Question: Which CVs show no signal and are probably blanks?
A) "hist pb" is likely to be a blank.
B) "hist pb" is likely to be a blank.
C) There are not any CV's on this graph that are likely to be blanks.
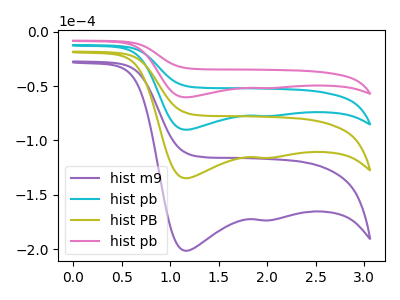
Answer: <think>The purple curve "hist m9" has cathodic peaks at (1.15V, -270.45uA) (2.00V, -232.85uA). The cyan curve "hist pb" has cathodic peaks at (1.15V, -90.15uA) (2.00V, -77.60uA). The olive curve "hist PB" has cathodic peaks at (1.15V, -180.30uA) (2.00V, -155.25uA). The pink curve "hist pb" has cathodic peaks at (1.15V, -60.30uA) (2.00V, -51.90uA).</think>
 <answer>C) There are not any CV's on this graph that are likely to be blanks.</answer>
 <eval>C</eval>